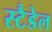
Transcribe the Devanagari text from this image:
स्टैडेल